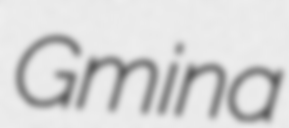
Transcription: Gmina